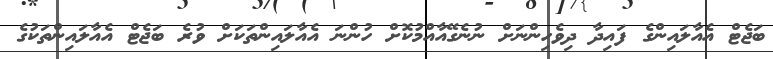
ބަޖެޓް އެއާލައިންގެ ފައިދާ ދިވެހިންނަށް ނުނެގޭއާއްމުކޮށް ހުންނަ އެއާލައިންތަކަށް ވުރެ ބަޖެޓް އެއާލައިންތަކުގެ